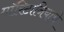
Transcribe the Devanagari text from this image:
मॉरिटानियाचे